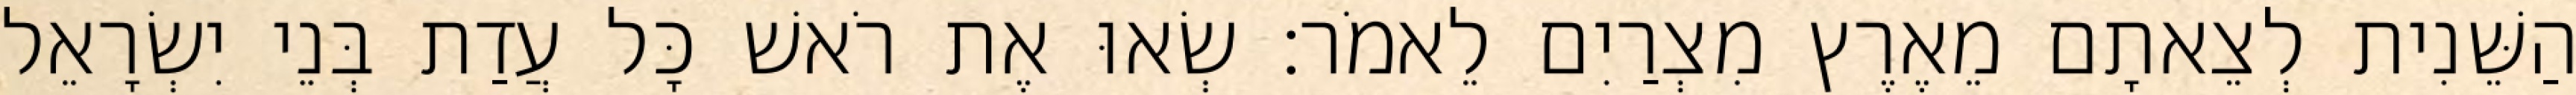
הַשֵּׁנִית לְצֵאתָם מֵאֶרֶץ מִצְרַיִם לֵאמֹר׃ שְׂאוּ אֶת רֹאשׁ כָּל עֲדַת בְּנֵי יִשְׂרָאֵל